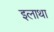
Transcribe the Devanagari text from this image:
इलाथा